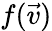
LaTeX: f(\vec{v})